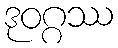
ဒုဝဂ္ဂဿ